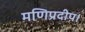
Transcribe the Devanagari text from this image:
मणिप्रदीप।